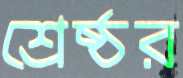
শ্রেষ্ঠর